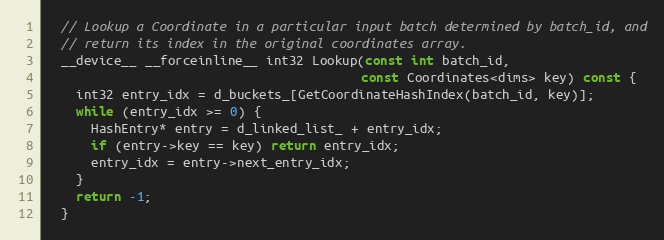
Language: C
  // Lookup a Coordinate in a particular input batch determined by batch_id, and
  // return its index in the original coordinates array.
  __device__ __forceinline__ int32 Lookup(const int batch_id,
                                          const Coordinates<dims> key) const {
    int32 entry_idx = d_buckets_[GetCoordinateHashIndex(batch_id, key)];
    while (entry_idx >= 0) {
      HashEntry* entry = d_linked_list_ + entry_idx;
      if (entry->key == key) return entry_idx;
      entry_idx = entry->next_entry_idx;
    }
    return -1;
  }